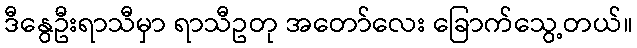
ဒီနွေဦးရာသီမှာ ရာသီဥတု အတော်လေး ခြောက်သွေ့တယ်။